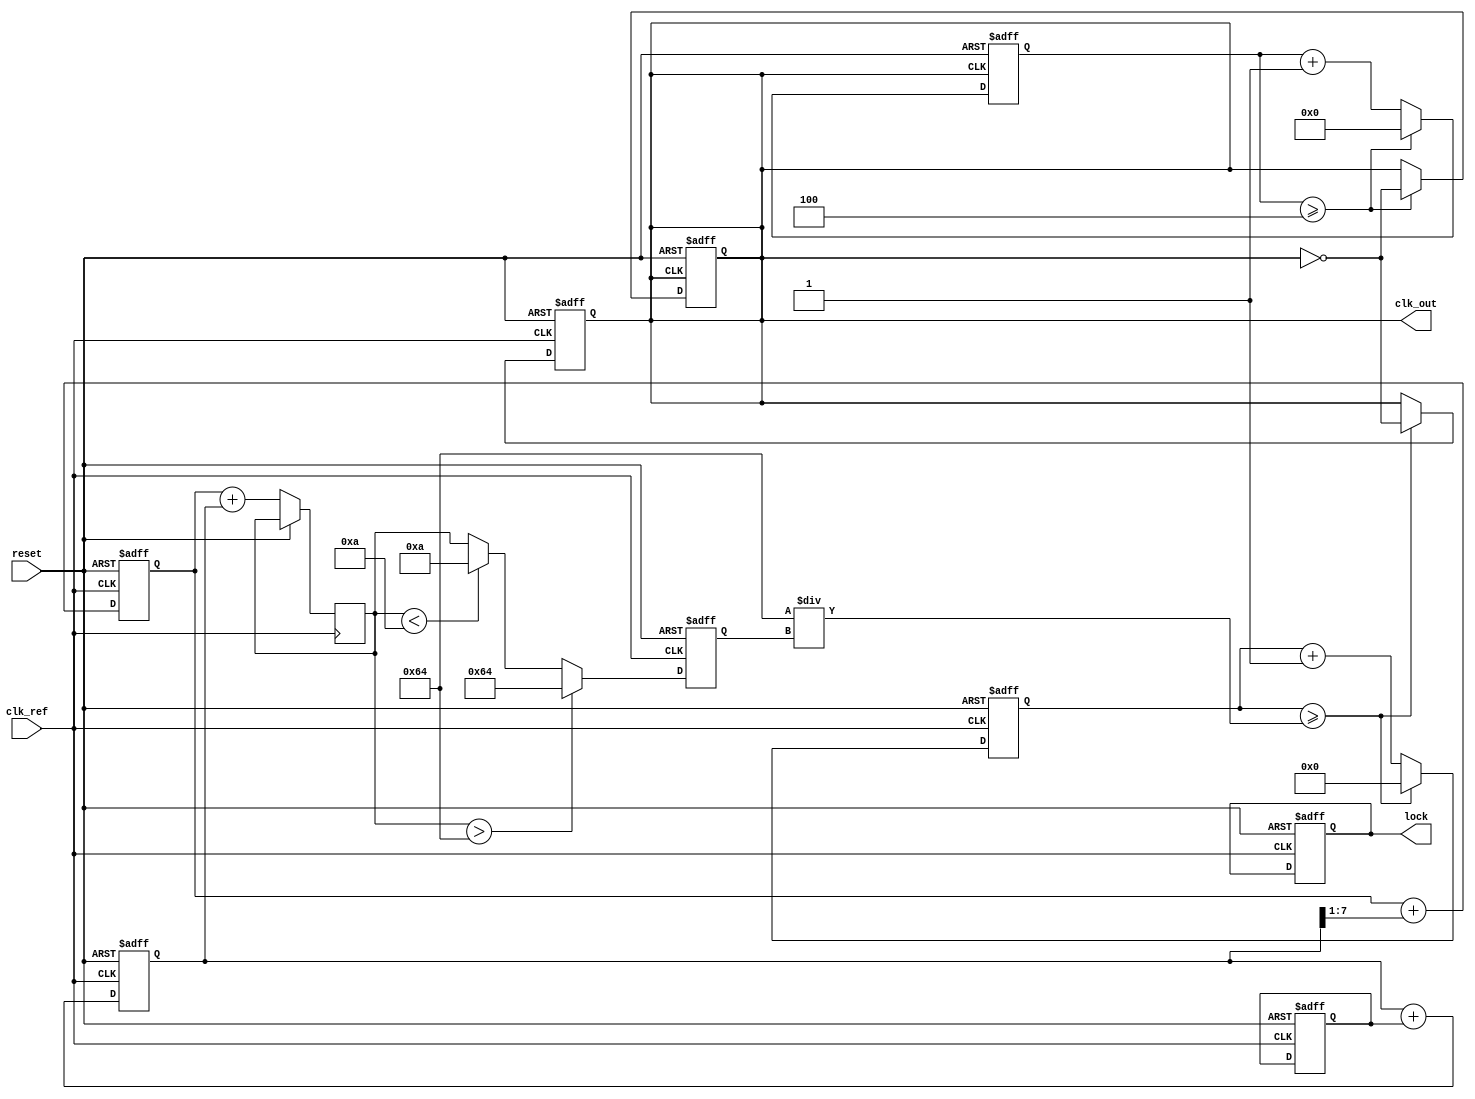
module dual_loop_pll (
    input wire clk_ref,        // Reference clock input
    input wire reset,          // Reset signal
    output reg clk_out,        // Output clock
    output reg lock            // Lock status signal
);

    // Parameters
    parameter DIV_RATIO = 4;  // Division ratio for feedback
    parameter VCO_MAX_FREQ = 100; // Maximum VCO frequency (arbitrary units)
    parameter VCO_MIN_FREQ = 10;  // Minimum VCO frequency (arbitrary units)

    // Internal signals
    reg [3:0] phase_error;     // Phase error signal from PD
    reg [7:0] control_voltage;  // Control voltage for VCO
    reg [7:0] vco_freq;         // Current frequency of the VCO
    reg [7:0] outer_filter;     // Output of the outer loop filter
    reg [7:0] inner_filter;     // Output of the inner loop filter
    reg [15:0] counter;         // Counter for VCO output

    // Phase Detector (PD)
    always @(posedge clk_ref or posedge reset) begin
        if (reset) begin
            phase_error <= 0;
        end else begin
            // Simple phase comparison logic (placeholder)
            // Implement a digital phase frequency detector (PFD) here
            // phase_error = ...; // Calculate phase error based on reference and VCO output
        end
    end

    // Inner Loop Filter
    always @(posedge clk_ref or posedge reset) begin
        if (reset) begin
            inner_filter <= 0;
        end else begin
            // Implement inner loop filter logic (e.g., low-pass filter)
            inner_filter <= inner_filter + phase_error; // Placeholder for filter implementation
        end
    end

    // Outer Loop Filter
    always @(posedge clk_ref or posedge reset) begin
        if (reset) begin
            outer_filter <= 0;
        end else begin
            // Implement outer loop filter logic (e.g., slower filter)
            outer_filter <= outer_filter + (inner_filter >> 1); // Placeholder for filter implementation
        end
    end

    // Voltage-Controlled Oscillator (VCO)
    always @(posedge clk_ref or posedge reset) begin
        if (reset) begin
            vco_freq <= VCO_MIN_FREQ;
            clk_out <= 0;
            counter <= 0;
            lock <= 0;
        end else begin
            // Adjust VCO frequency based on control voltage
            control_voltage <= outer_filter + inner_filter; // Combine filters for control voltage
            vco_freq <= (control_voltage > VCO_MAX_FREQ) ? VCO_MAX_FREQ :
                        (control_voltage < VCO_MIN_FREQ) ? VCO_MIN_FREQ : control_voltage;

            // Generate output clock based on VCO frequency
            counter <= counter + 1;
            if (counter >= (VCO_MAX_FREQ / vco_freq)) begin
                clk_out <= ~clk_out;
                counter <= 0;
            end
            
            // Lock detection logic (placeholder)
            // lock <= ...; // Implement lock detection logic
        end
    end

    // Divider
    reg [3:0] div_counter;
    always @(posedge clk_out or posedge reset) begin
        if (reset) begin
            div_counter <= 0;
            clk_out <= 0;
        end else begin
            div_counter <= div_counter + 1;
            if (div_counter >= DIV_RATIO) begin
                clk_out <= ~clk_out;
                div_counter <= 0;
            end
        end
    end

endmodule